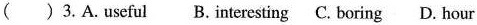
( ) 3.A. Useful B. Interesting C. Boring D. Hour